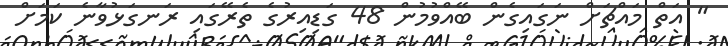
" އަތް މައްޗަށް ނަގައިގެން ބޭއްވުމުން 48 ގަޑިއިރުގެ ތެރޭގައި ރަނގަޅުވާނެ ކަމަށް